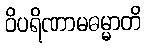
ဝိပရိဏာမဓမ္မာတိ